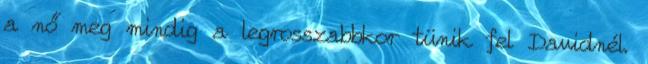
a nő meg mindig a legrosszabbkor tünik fel Davidnél.